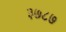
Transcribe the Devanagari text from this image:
३७८७